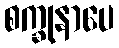
စက္ခုနာပေ